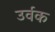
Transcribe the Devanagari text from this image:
उर्वक